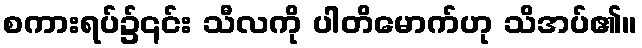
စကားရပ်၌၎င်း သီလကို ပါတိမောက်ဟု သိအပ်၏။